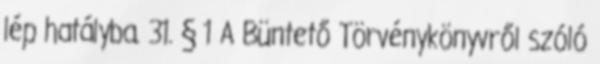
lép hatályba. 31. § 1 A Büntető Törvénykönyvről szóló